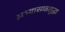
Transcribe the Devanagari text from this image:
अभ्यासातसुद्धा